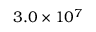
3 . 0 \times 1 0 ^ { 7 }